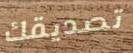
تصديقك